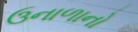
ઉનાળાનો